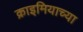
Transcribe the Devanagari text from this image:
क्राइमियाच्या